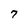
Character: 7